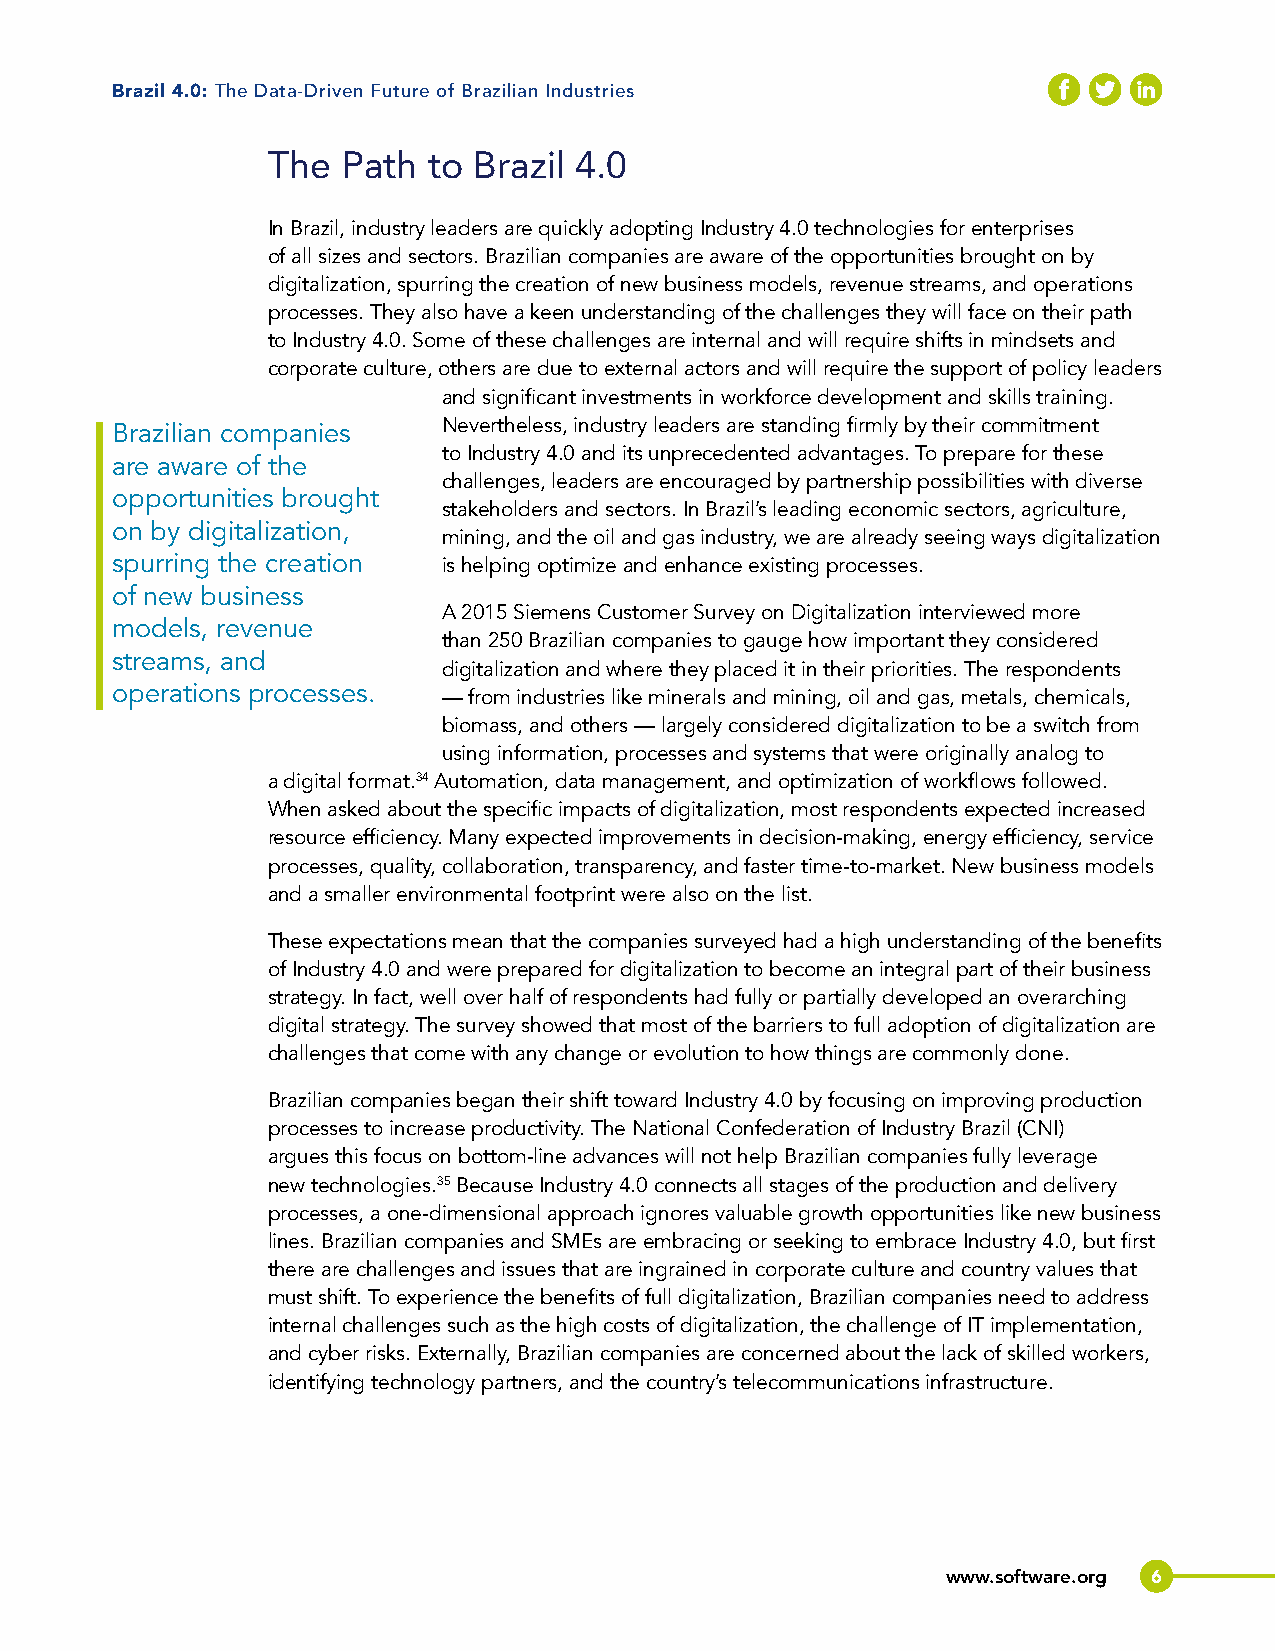
Brazil 4.0: The Data-Driven Future of Brazilian Industries
 The  Path to Brazil 4.0
 In Brazil, industry leaders are quickly adopting Industry 4.0 technologies for enterprises
 of all sizes and sectors. Brazilian companies are aware of the opportunities brought on by
 digitalization, spurring the creation of new business models, revenue streams, and operations
 processes. They also have a keen understanding of the challenges they will face on their path
 to Industry 4.0. Some of these challenges are internal and will require shifts in mindsets and
 corporate culture, others are due to external actors and will require the support of policy leaders
 and significant investments in workforce development and skills training.
 Brazilian companies   Nevertheless, industry leaders are standing firmly by their commitment
 to Industry 4.0 and its unprecedented advantages. To prepare for these
 are aware of the
 challenges, leaders are encouraged by partnership possibilities with diverse
 opportunities brought
 stakeholders and sectors. In Brazil’s leading economic sectors, agriculture,
 on by digitalization,
 mining, and the oil and gas industry, we are already seeing ways digitalization
 spurring the creation is helping optimize and enhance existing processes.
 of new business
 A 2015 Siemens Customer Survey on Digitalization interviewed more
 models, revenue
 than 250 Brazilian companies to gauge how important they considered
 streams, and
 digitalization and where they placed it in their priorities. The respondents
 operations processes. — from industries like minerals and mining, oil and gas, metals, chemicals,
 biomass, and others — largely considered digitalization to be a switch from
 using information, processes and systems that were originally analog to
 a digital format.34 Automation, data management, and optimization of workflows followed.
 When asked about the specific impacts of digitalization, most respondents expected increased
 resource efficiency. Many expected improvements in decision-making, energy efficiency, service
 processes, quality, collaboration, transparency, and faster time-to-market. New business models
 and a smaller environmental footprint were also on the list.
 These expectations mean that the companies surveyed had a high understanding of the benefits
 of Industry 4.0 and were prepared for digitalization to become an integral part of their business
 strategy. In fact, well over half of respondents had fully or partially developed an overarching
 digital strategy. The survey showed that most of the barriers to full adoption of digitalization are
 challenges that come with any change or evolution to how things are commonly done.
 Brazilian companies began their shift toward Industry 4.0 by focusing on improving production
 processes to increase productivity. The National Confederation of Industry Brazil (CNI)
 argues this focus on bottom-line advances will not help Brazilian companies fully leverage
 new technologies.35 Because Industry 4.0 connects all stages of the production and delivery
 processes, a one-dimensional approach ignores valuable growth opportunities like new business
 lines. Brazilian companies and SMEs are embracing or seeking to embrace Industry 4.0, but first
 there are challenges and issues that are ingrained in corporate culture and country values that
 must shift. To experience the benefits of full digitalization, Brazilian companies need to address
 internal challenges such as the high costs of digitalization, the challenge of IT implementation,
 and cyber risks. Externally, Brazilian companies are concerned about the lack of skilled workers,
 identifying technology partners, and the country’s telecommunications infrastructure.
 www.software.org 6